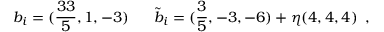
b _ { i } = ( \frac { 3 3 } { 5 } , 1 , - 3 ) \, \, \, \, \, \, \, \, \, \, \tilde { b } _ { i } = ( \frac { 3 } { 5 } , - 3 , - 6 ) + \eta ( 4 , 4 , 4 ) \, \, \, ,